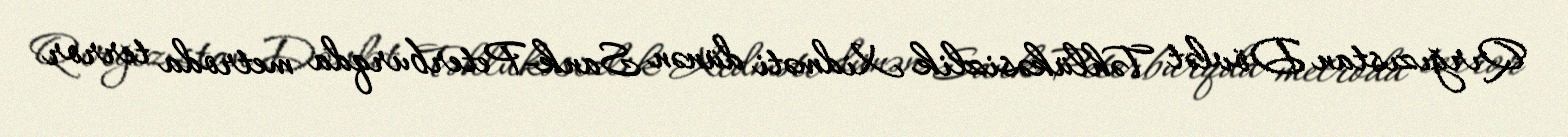
Qırğızıstan Dövlət Təhlükəsizlik Xidməti dünən Sank-Peterburqda metroda terror